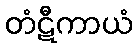
တံဋီကာယံ